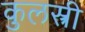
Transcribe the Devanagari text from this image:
कुलस्त्री